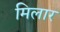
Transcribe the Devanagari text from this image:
मिलार